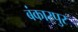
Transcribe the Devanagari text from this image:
बंकारपुर